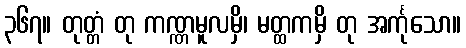
၃၆၇။ တုတ္တံ တု ကဏ္ဏမူလမှိ၊ မတ္ထကမှိ တု အင်္ကုသော။